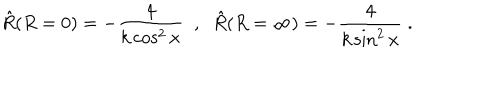
LaTeX: { \hat { R } } ( R = 0 ) = - { \frac { 4 } { k \cos ^ { 2 } x } } \; \; , \; \; { \hat { R } } ( R = \infty ) = - { \frac { 4 } { k \sin ^ { 2 } x } } \; .